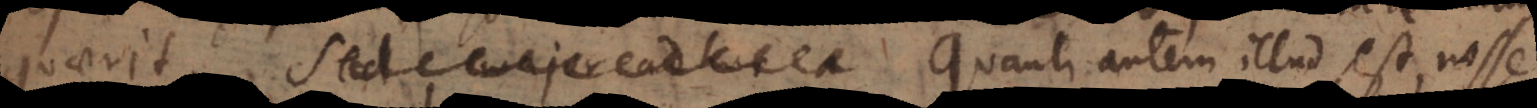
quaerit. Sed major adhuc a Quanti autem illud est, nosse